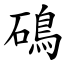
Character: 䲽